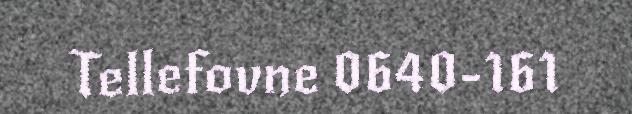
Tellefovne 0640-161